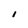
Character: I